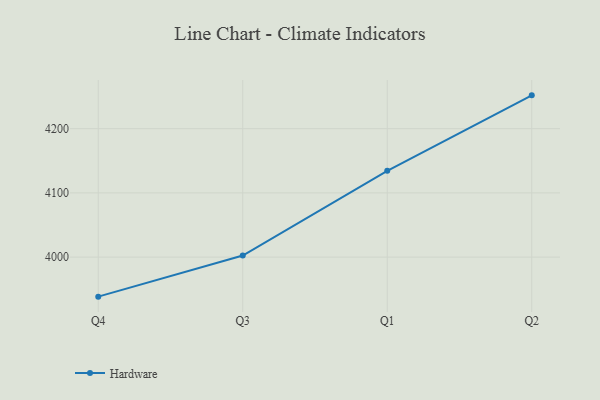
{"axis": {"x": "Quarter", "y": "Churn Rate (%)"}, "legend": ["Hardware"], "data": [{"x": "Q4", "y": 3938.4, "type": "Hardware"}, {"x": "Q3", "y": 4002.5, "type": "Hardware"}, {"x": "Q1", "y": 4134.3, "type": "Hardware"}, {"x": "Q2", "y": 4251.9, "type": "Hardware"}]}